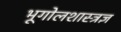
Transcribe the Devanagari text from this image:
भूगोलशास्त्रज्ञ